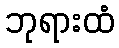
ဘုရားထံ